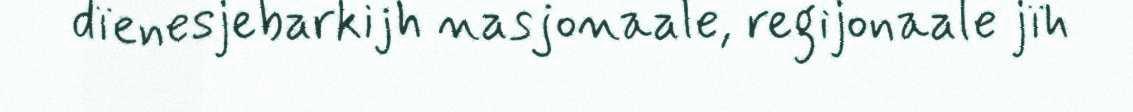
dïenesjebarkijh nasjonaale, regijonaale jïh